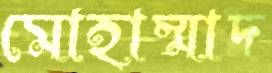
মোহাম্মাদ